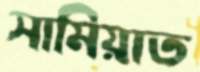
সামিয়াত